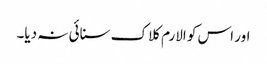
اور اس کو الارم کلاک سنائی نہ دیا۔